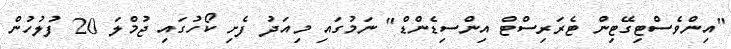
"އިންވެސްޓިގޭޓިން ޓެރަރިސްޓް އިންސިޑެންޑް" ނަމުގައި މިއަދު ފެށި ކޯހުގައި ޖުމްލަ 20 ފުލުހުން